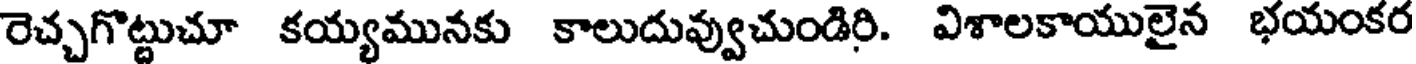
రెచ్చగొట్టుచూ కయ్యమునకు కాలుదువ్వుచుండిరి. విశాలకాయులైన భయంకర